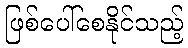
ဖြစ်ပေါ်စေနိုင်သည့်